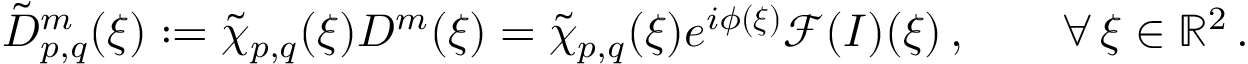
\tilde { D } _ { p , q } ^ { m } ( \boldsymbol { \xi } ) : = \tilde { \chi } _ { p , q } ( \boldsymbol { \xi } ) D ^ { m } ( \boldsymbol { \xi } ) = \tilde { \chi } _ { p , q } ( \boldsymbol { \xi } ) e ^ { i \phi ( \boldsymbol { \xi } ) } \mathcal { F } ( I ) ( \boldsymbol { \xi } ) \, , \qquad \forall \, \boldsymbol { \xi } \in \mathbb { R } ^ { 2 } \, .